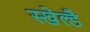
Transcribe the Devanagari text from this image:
स्खेल्डै